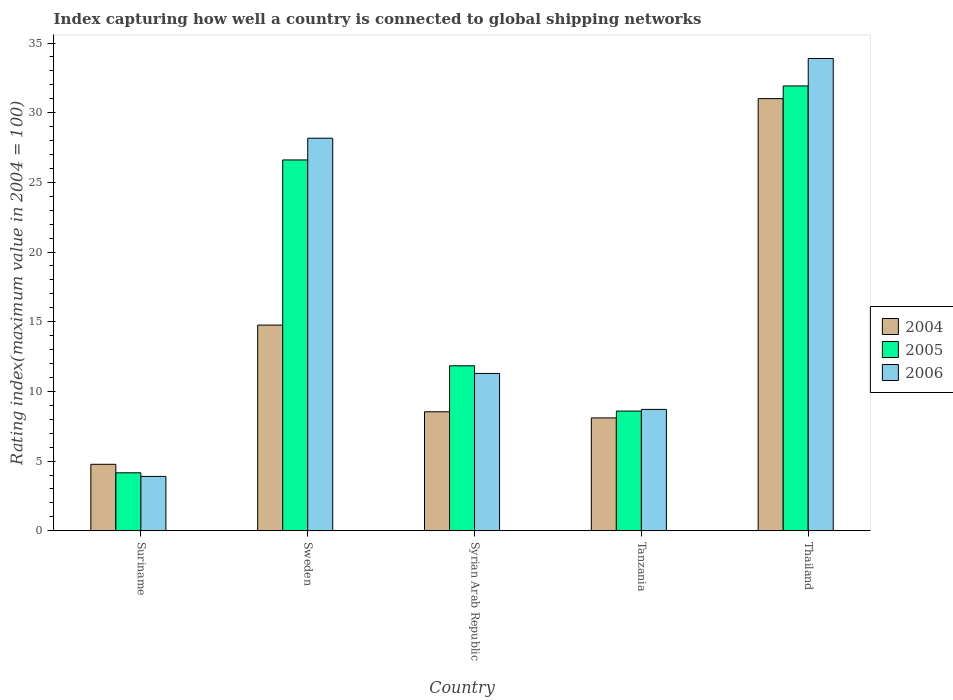
| Country | 2004 | 2005 | 2006 |
 | --- | --- | --- | --- |
 | Suriname | 4.77 | 4.16 | 3.9 |
 | Sweden | 14.8 | 26.6 | 28.2 |
 | Syrian Arab Republic | 8.54 | 11.8 | 11.3 |
 | Tanzania | 8.1 | 8.59 | 8.71 |
 | Thailand | 31 | 31.9 | 33.9 |